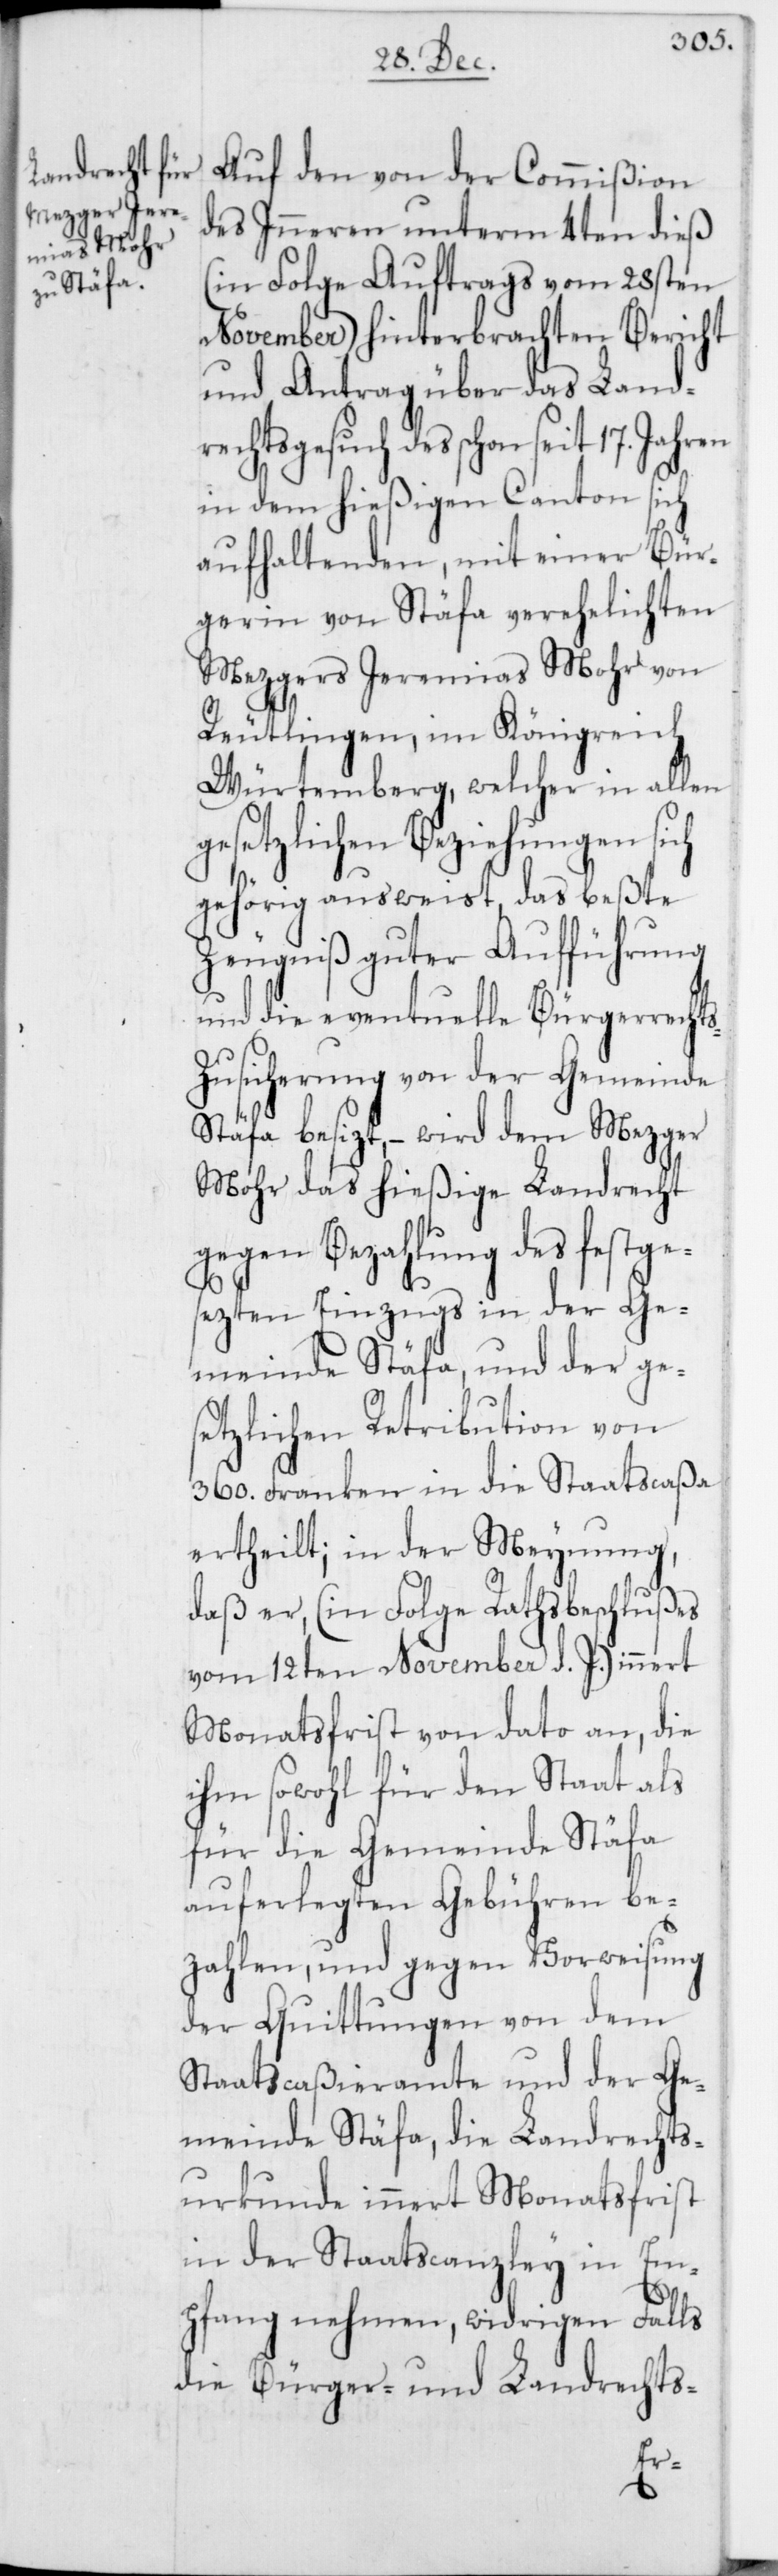
Auf den von der Commißion
des Inneren unterm 4ten dieß
(in Folge Auftrags vom 28sten
November) hinterbrachten Bericht
und Antrag über das Land¬
rechtsgesuch des schon
in dem hießigen Canton sich
aufhaltenden, mit einer Bür¬
gerin von Stäfa verehelichten
Mezgers Jeremias Mohr von
Reutlingen, im Königreich
Würtemberg, welcher in allen
gesetzlichen Beziehungen sich
gehörig ausweist, das beßte
Zeugniß guter Aufführung
und die eventuelle Bürgerrecht¬
usicherung von der Gemeinde
Stäfa besizt, – wird dem Mezger
Mohr das hießige Landrecht
gegen Bezahlung des festge¬
sezten Einzugs in der Ge¬
meinde Stäfa, und der ge¬
setzlichen Retribution von
360. Franken in die Staatscaßa
ertheilt; in der Meynung,
daß er, (in Folge Rathsbeschlußes
vom 12ten November d. J.) innert
Monatsfrist von dato an, die
ihm sowohl für den Staat als
für die Gemeinde Stäfa
auferlegten Gebühren be¬
zahlen, und gegen Vorweisung
der Quittungen von dem
Staatscaßieramte und der Ge¬
meinde Stäfa, die Landrechts¬
urkunde innert Monatsfrist
in der Staatscanzley in Em¬
pfang nehmen, widrigen Falls
die Bürger- und Landrechts-
s-Z¬